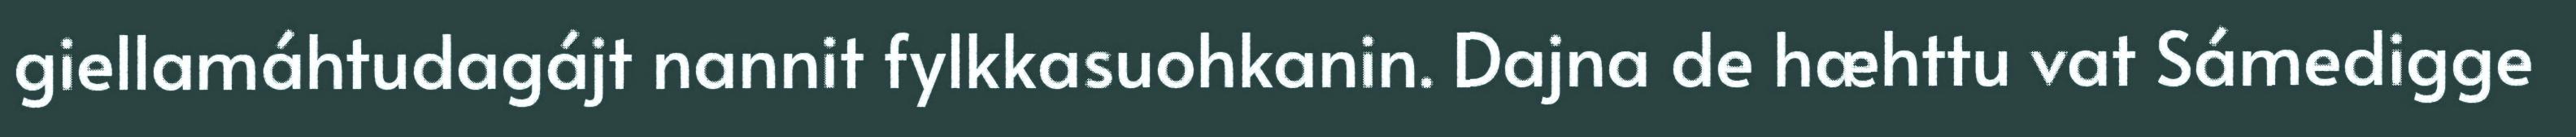
giellamáhtudagájt nannit fylkkasuohkanin. Dajna de hæhttu vat Sámedigge